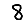
Digit: 8